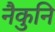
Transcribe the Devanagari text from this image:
नैकुनि